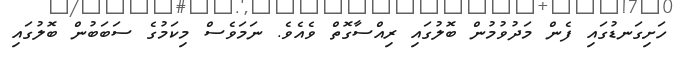
ހަށިގަނޑުގައި ފެން މަދުވުމުން ބޮލުގައި ރިއްސާގޮތް ވެއެވެ. ނަމަވެސް މިކަމުގެ ސަބަބުން ބޮލުގައި